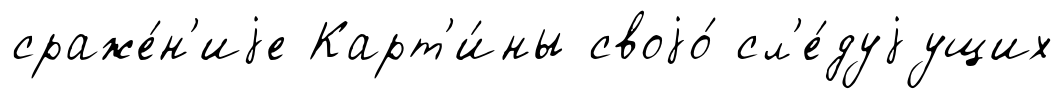
сраже́н'иjе Карт'и́ны своjо́ сл'е́дуjущих